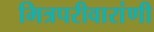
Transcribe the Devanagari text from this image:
मित्रपरीवारांणी